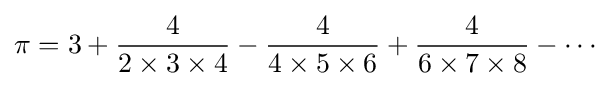
\pi ={3}+{\frac {4}{2\times 3\times 4}}-{\frac {4}{4\times 5\times 6}}+{\frac {4}{6\times 7\times 8}}-\cdots